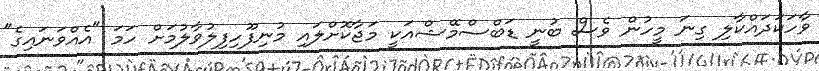
ވާހަކަދައްކާލި ގިނަ މީހުން ވެސް ބުނީ ޑަބްސްމޭޝްއަކީ މަޖާކޮށްލައި މުނިފޫހިފިލުވާލުމަށް ހަމަ "އެއްވަނައިގެ"